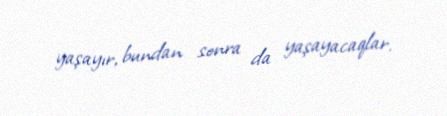
yaşayır, bundan sonra da yaşayacaqlar.